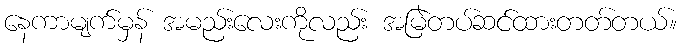
နေကာမျက်မှန် အမည်းလေးကိုလည်း အမြဲတပ်ဆင်ထားတတ်တယ်။